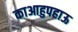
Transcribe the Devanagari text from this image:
काआहुपहाऊ